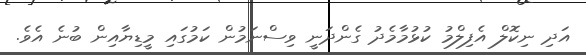
އަދި ނިކޮލް އެފިލްމު ކުޅުމާމެދު ގެންދަނީ ވިސްނަމުން ކަމުގައި މީޑިޔާއިން ބުނެ އެވެ.